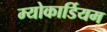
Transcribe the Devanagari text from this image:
म्योकार्डियम